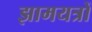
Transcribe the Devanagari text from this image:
झामयत्रों